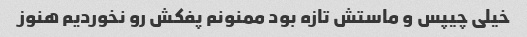
خیلی چیپس و ماستش تازه بود ممنونم پفکش رو نخوردیم هنوز